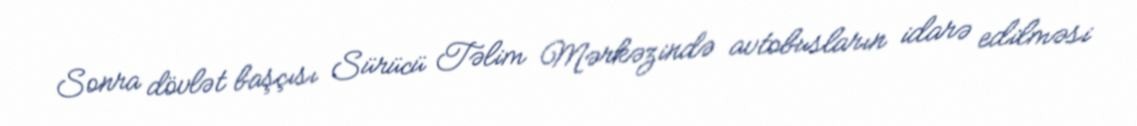
Sonra dövlət başçısı Sürücü Təlim Mərkəzində avtobusların idarə edilməsi